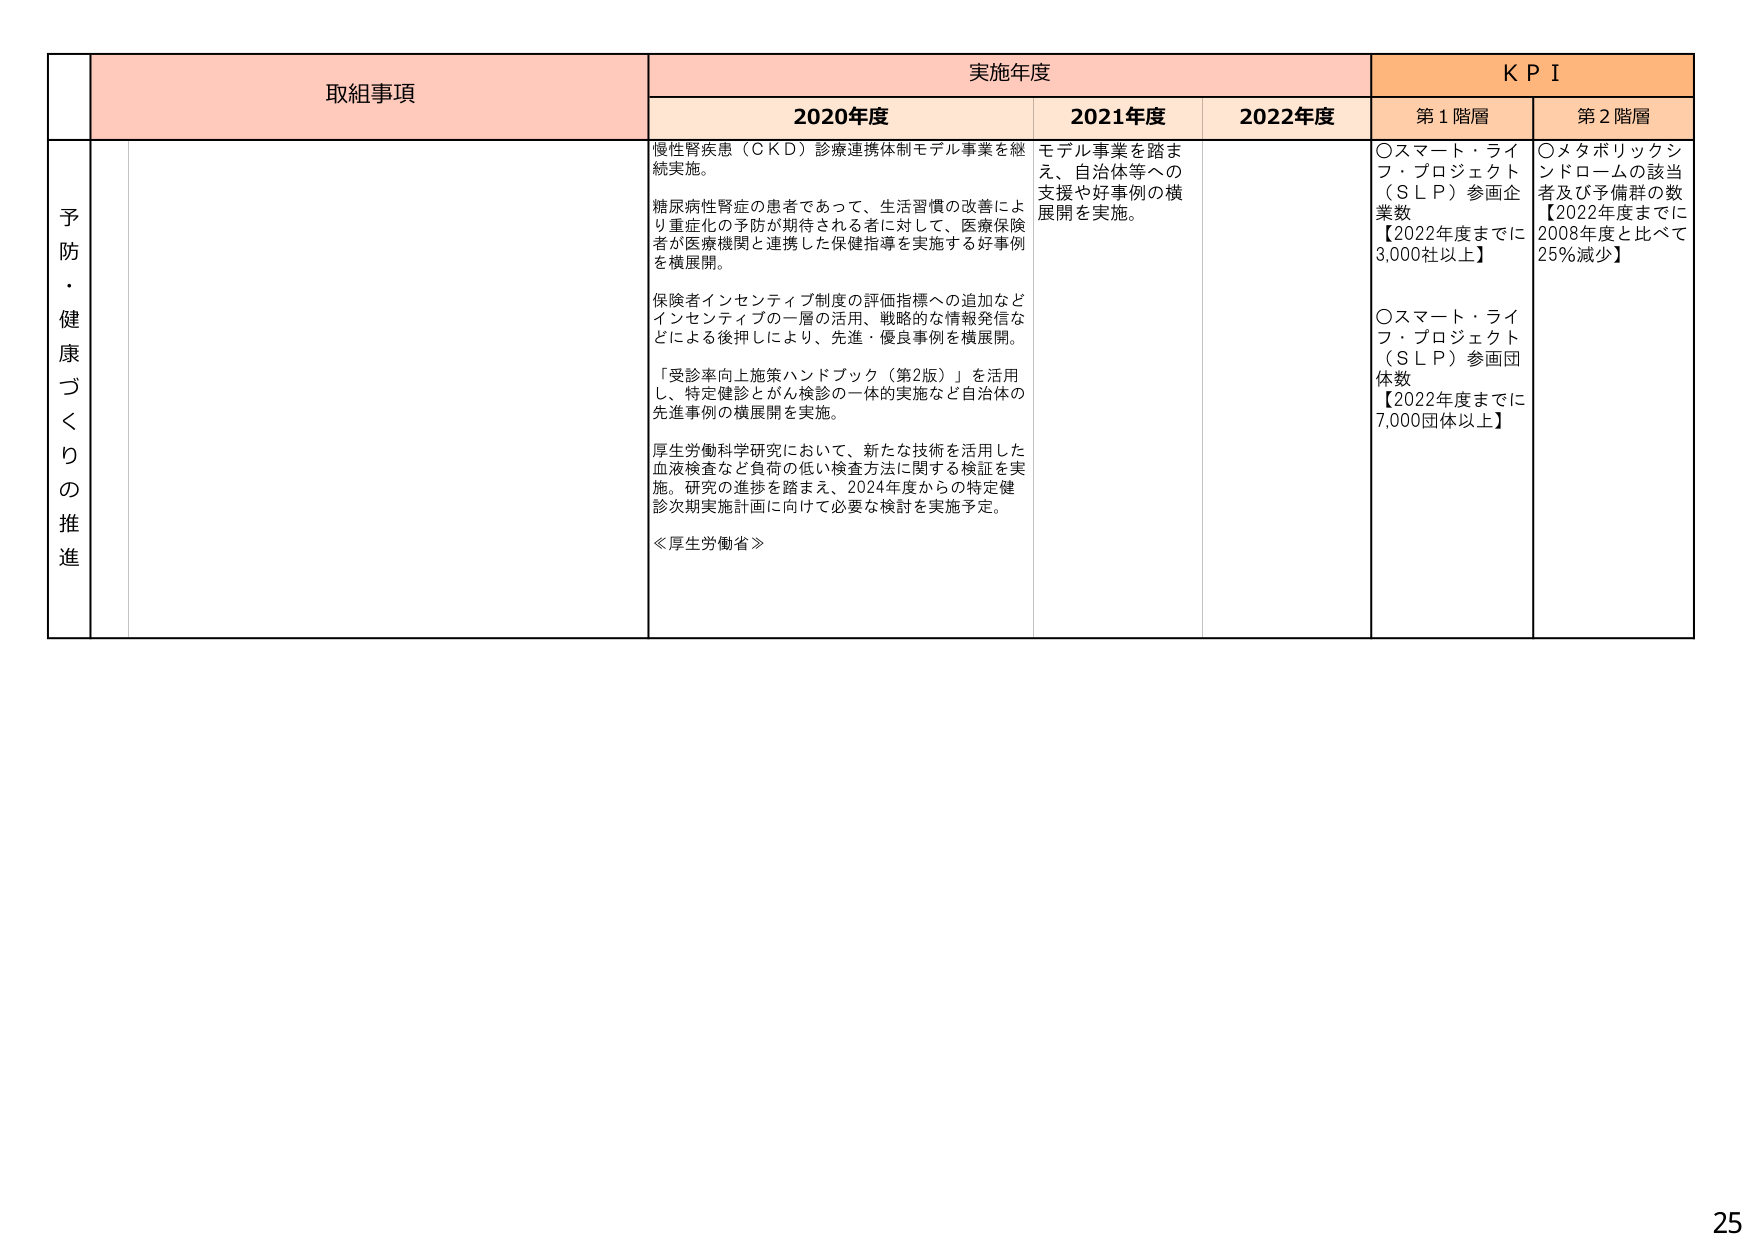
予防・健康づくりの推進

取組事項

実施年度

KPI

2020年度

2021年度

2022年度

第1階層

第2階層

慢性腎疾患（ＣＫＤ）診療連携体制モデル事業を継続実施。

糖尿病性腎症の患者であって、生活習慣の改善により重症化の予防が期待される者に対して、医療保険者が医療機関と連携した保健指導を実施する好事例を横展開。

保険者インセンティブ制度の評価指標への追加などインセンティブの一層の活用、戦略的な情報発信などによる後押しにより、先進・優良事例を横展開。

「受診者向上施策ハンドブック（第2版）」を活用し、特定健診とがん検診の一体的実施など自治体の先進事例の横展開を実施。

厚生労働科学研究において、新たな技術を活用した血液検査など負荷の低い検査方法に関する検証を実施。研究の進捗を踏まえ、2024年度からの特定健診次期実施計画に向けて必要な検討を実施予定。

≪厚生労働省≫

モデル事業を踏まえ、自治体等への支援や好事例の横展開を実施。

〇スマート・ライフ・プロジェクト（ＳＬＰ）参画企業数
【2022年度までに3,000社以上】

〇スマート・ライフ・プロジェクト（ＳＬＰ）参画団体数
【2022年度までに7,000団体以上】

〇メタボリックシンドロームの該当者及び予備群の数
【2022年度までに2008年度と比べて25％減少】

25